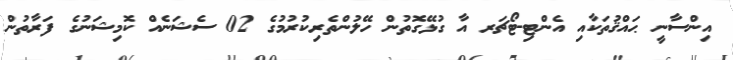
އިންސާނީ ޙައްޤުތަކާއި އެންޓި-ޓޯޗަރ އާ ގުޅޭގޮތުން ހޭލުންތެރިކުރުމުގެ 02 ސެޝަނެއް ކޮމިޝަނުގެ ފަރާތުން